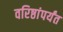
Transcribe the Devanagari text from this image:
वरिष्ठांपर्यंत